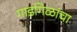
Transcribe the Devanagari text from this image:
गाडगिळांचा